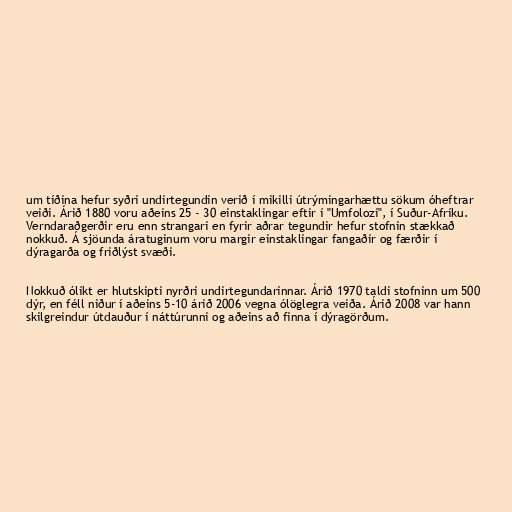
um tíðina hefur syðri undirtegundin verið í mikilli útrýmingarhættu sökum óheftrar
veiði. Árið 1880 voru aðeins 25 - 30 einstaklingar eftir í "Umfolozi", í Suður-Afríku.
Verndaraðgerðir eru enn strangari en fyrir aðrar tegundir hefur stofnin stækkað
nokkuð. Á sjöunda áratuginum voru margir einstaklingar fangaðir og færðir í
dýragarða og friðlýst svæði.

Nokkuð ólíkt er hlutskipti nyrðri undirtegundarinnar. Árið 1970 taldi stofninn um 500
dýr, en féll niður í aðeins 5-10 árið 2006 vegna ólöglegra veiða. Árið 2008 var hann
skilgreindur útdauður í náttúrunni og aðeins að finna í dýragörðum.